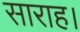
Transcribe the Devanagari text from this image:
साराह।